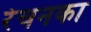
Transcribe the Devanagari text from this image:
रेचनका